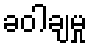
ခဝါချမှု